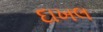
દાખલ